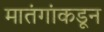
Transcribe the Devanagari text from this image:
मातंगांकडून